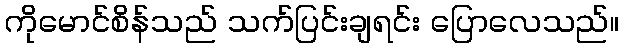
ကိုမောင်စိန်သည် သက်ပြင်းချရင်း ပြောလေသည်။